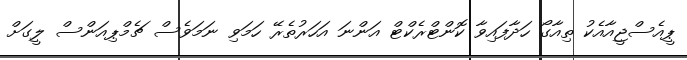
ޕީއެސްޖީއާއެކު ތިއާގޯ ހަދާފައިވާ ކޮންޓްރެކްޓް އަންނަ އަހަރުތެރޭ ހަމަވި ނަމަވެސް ޗެމްޕިއަންސް ލީގަށް